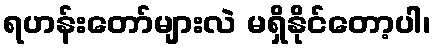
ရဟန်းတော်များလဲ မရှိနိုင်တော့ပါ၊